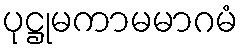
ပုဋ္ဌုမကာမမာဂမံ